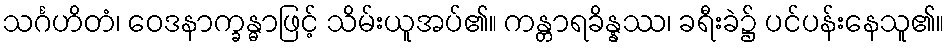
သင်္ဂဟိတံ၊ ဝေဒနာက္ခန္ဓာဖြင့် သိမ်းယူအပ်၏။ ကန္တာရခိန္နဿ၊ ခရီးခဲ၌ ပင်ပန်းနေသူ၏။